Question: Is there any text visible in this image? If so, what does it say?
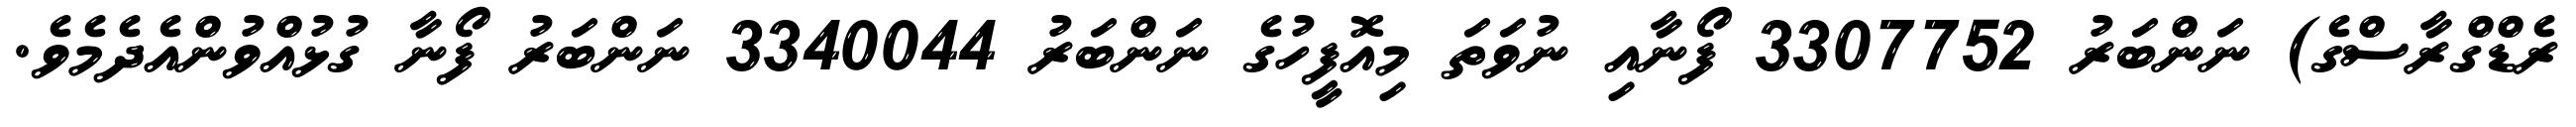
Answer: ރެޑްގްރާސްގެ) ނަންބަރު 3307752 ފޯނާއި ނުވަތަ މިއޮފީހުގެ ނަންބަރު 3340044 ނަންބަރު ފޯނާ ގުޅުއްވުންއެދެމެވެ.